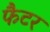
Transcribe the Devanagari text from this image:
फैटर